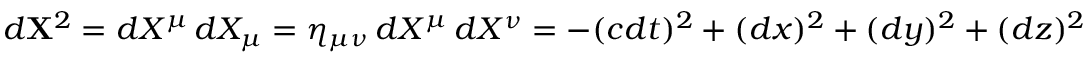
d \mathbf { X } ^ { 2 } = d X ^ { \mu } \, d X _ { \mu } = \eta _ { \mu \nu } \, d X ^ { \mu } \, d X ^ { \nu } = - ( c d t ) ^ { 2 } + ( d x ) ^ { 2 } + ( d y ) ^ { 2 } + ( d z ) ^ { 2 }